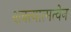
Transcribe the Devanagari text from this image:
शक्त्यात्मत्वेन